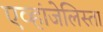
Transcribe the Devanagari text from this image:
एव्हांजेलिस्ता